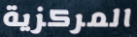
المركزية